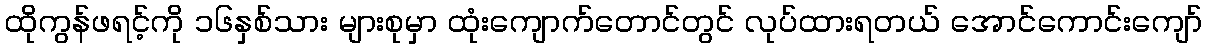
ထိုကွန်ဖရင့်ကို ၁၆နှစ်သား များစုမှာ ထုံးကျောက်တောင်တွင် လုပ်ထားရတယ် အောင်ကောင်းကျော်